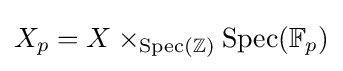
X_{p}=X\times _{\operatorname {Spec} (\mathbb {Z} )}\operatorname {Spec} (\mathbb {F} _{p})